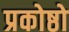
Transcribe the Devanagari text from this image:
प्रकोष्ठो